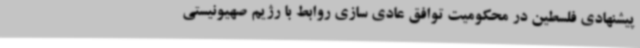
پیشنهادی فلسطین در محکومیت توافق عادی سازی روابط با رژیم صهیونیستی